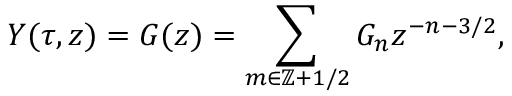
Y ( \tau , z ) = G ( z ) = \sum _ { m \in \mathbb { Z } + 1 / 2 } G _ { n } z ^ { - n - 3 / 2 } ,